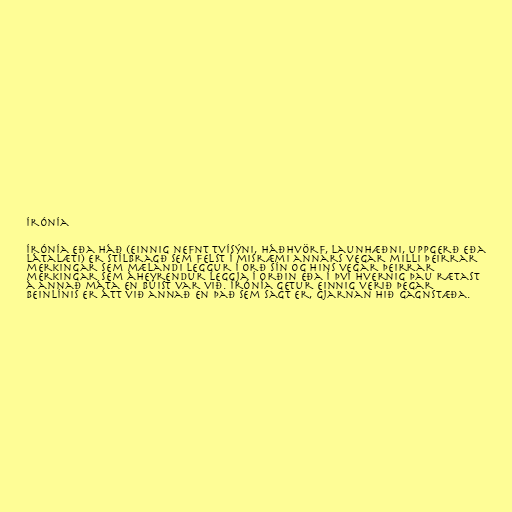
Írónía

Írónía eða háð (einnig nefnt tvísýni, háðhvörf, launhæðni, uppgerð eða
látalæti) er stílbragð sem felst í misræmi annars vegar milli þeirrar
merkingar sem mælandi leggur í orð sín og hins vegar þeirrar
merkingar sem áheyrendur leggja í orðin eða í því hvernig þau rætast
á annað máta en búist var við. Írónía getur einnig verið þegar
beinlínis er átt við annað en það sem sagt er, gjarnan hið gagnstæða.